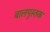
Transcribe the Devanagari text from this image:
बालपुस्तक